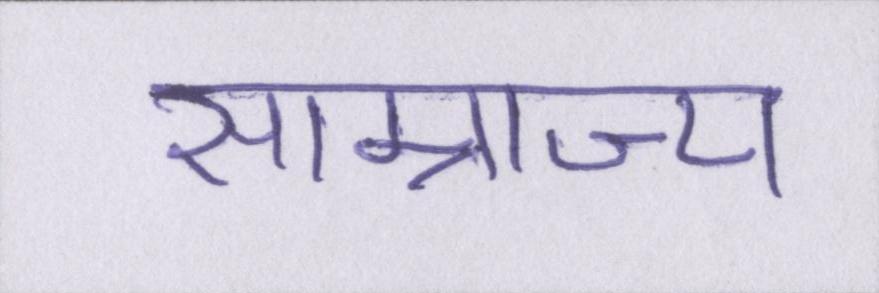
साम्राज्य